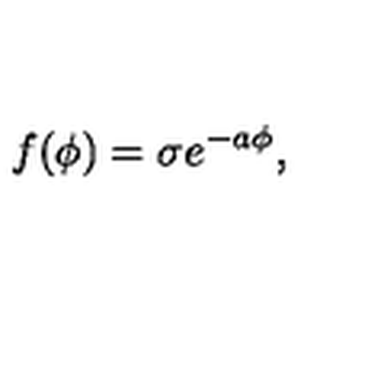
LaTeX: f ( \phi ) = \sigma e ^ { - a \phi } ,